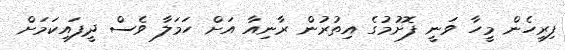
ފިރިހެން މީހާ ވަނީ ފޮށުމުގެ އިތުރުން ރާނިއާ އަށް ހަމަލާ ވެސް ދީފައިކަމަށް